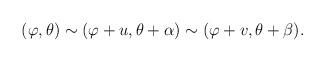
LaTeX: \begin{align*}(\varphi,\theta)\sim(\varphi+u,\theta+\alpha)\sim(\varphi+v,\theta+\beta).\end{align*}